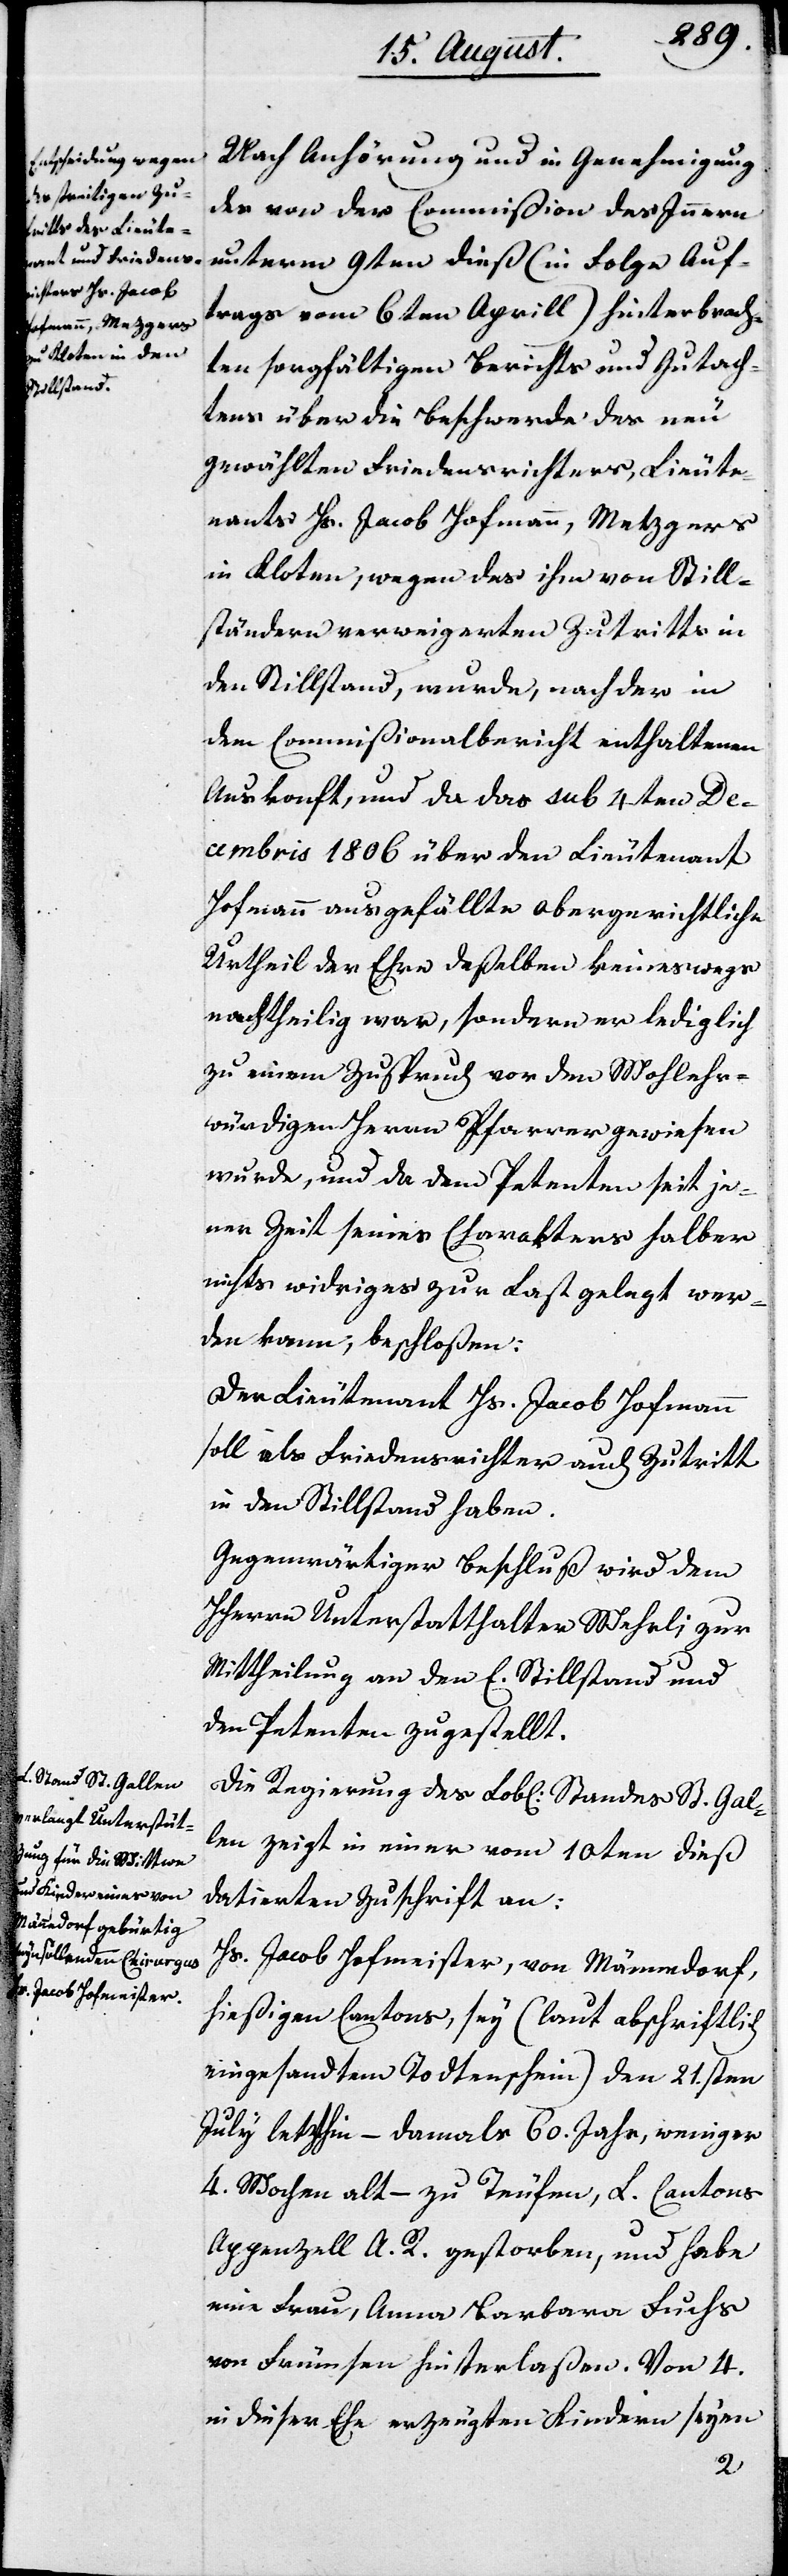
Nach Anhörung und in Genehmigung
des von der Commißion des Innern
unterm 9ten dieß (in Folge Auf¬
trags vom 6ten Aprill) hinterbrach¬
ten sorgfältigen Berichts und Gutach¬
tens über die Beschwerde des neu
gewählten Friedensrichters, Lieute¬
nants Hs. Jacob Hofmann, Metzgers
in Kloten, wegen des ihm von Still¬
ständern verweigerten Zutritts in
den Stillstand, wurde, nach der in
dem Commißionalbericht enthaltenen
Auskonft, und da das sub 4ten De¬
cembris 1806 über den Lieutenant
Hofmann ausgefällte obergerichtliche
Urtheil der Ehre deßelben keineswegs
nachtheilig war, sondern er lediglich
zu einem Zuspruch vor den Wohlehr¬
würdigen Herrn Pfarrer gewiesen
wurde, und da dem Petenten seit je¬
ner Zeit seines Charakters halber
nichts widriges zur Last gelegt wer¬
den kann, beschloßen:
Der Lieutenant Hs. Jacob Hofmann
soll als Friedensrichter auch Zutritt
in den Stillstand haben.
Gegenwärtiger Beschluß wird dem
HHerrn Unterstatthalter Wehrli zu
Mittheilung an den E. Stillstand und
den Petenten zugestellt.
Die Regierung des Lobl. Standes St. Gal¬
len zeigt in einer vom10ten dieß
datierten Zuschrift an:
Hs. Jacob Hofmeister, von Männedorf,
hießigen Cantons, sey (laut abschriftlich
eingesandtem Todtenschein) den 21sten
July letzthin – damals 60. Jahr, weniger
4. Wochen alt – zu Teufen, L. Cantons
Appenzell A. R. gestorben, und habe
eine Frau, Anna Barbara Fuchs
von Frümsen hinterlaßen. Von 4.
in dieser Ehe erzeugten Kindern seyen